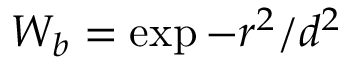
W _ { b } = \exp { - r ^ { 2 } / d ^ { 2 } }